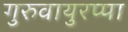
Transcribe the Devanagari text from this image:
गुरुवायुरप्पा